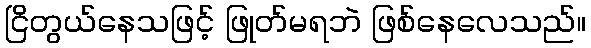
ငြိတွယ်နေသဖြင့် ဖြုတ်မရဘဲ ဖြစ်နေလေသည်။